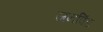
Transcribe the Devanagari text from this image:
जनपिंड